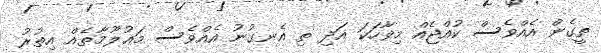
ތީގެން އެއްވެސް ކުއްޖެއް މިވާހަކަ އަދި ތި އެނގުނު އެއްވެސް މަޢުލޫމާތެއް އިތުރު